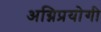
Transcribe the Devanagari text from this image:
अग्निप्रयोगी